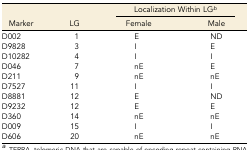
<table><thead><tr><td></td><td></td><td colspan="2"><b>Localization Within LG<i><i><sup>b</sup></i></i></b></td></tr><tr><td><b>Marker</b></td><td><b>LG</b></td><td><b>Female</b></td><td><b>Male</b></td></tr></thead><tbody><tr><td>D002</td><td>1</td><td>E</td><td>ND</td></tr><tr><td>D9828</td><td>3</td><td>I</td><td>E</td></tr><tr><td>D10282</td><td>4</td><td>I</td><td>I</td></tr><tr><td>D046</td><td>7</td><td>nE</td><td>E</td></tr><tr><td>D211</td><td>9</td><td>nE</td><td>nE</td></tr><tr><td>D7527</td><td>11</td><td>I</td><td>I</td></tr><tr><td>D8881</td><td>12</td><td>E</td><td>ND</td></tr><tr><td>D9232</td><td>12</td><td>E</td><td>E</td></tr><tr><td>D360</td><td>14</td><td>nE</td><td>nE</td></tr><tr><td>D009</td><td>15</td><td>I</td><td>I</td></tr><tr><td>D606</td><td>20</td><td>nE</td><td>nE</td></tr></tbody></table>